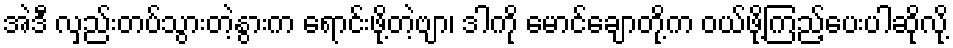
အဲဒီ လှည်းတပ်သွားတဲ့နွားက ရောင်းဖို့တဲ့ဗျာ၊ ဒါကို မောင်ချောတို့က ဝယ်ဖို့ကြည့်ပေးပါဆိုလို့